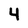
Character: 4